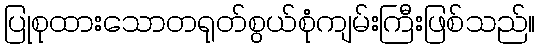
ပြုစုထားသောတရုတ်စွယ်စုံကျမ်းကြီးဖြစ်သည်။